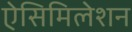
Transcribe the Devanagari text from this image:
ऐसिमिलेशन